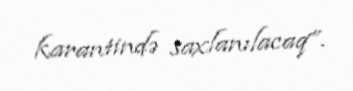
karantində saxlanılacaq”.